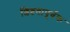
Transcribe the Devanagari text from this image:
शिष्टतापूर्वक